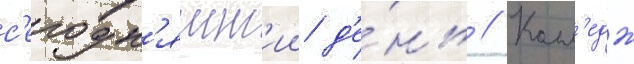
с'егодн'яшн'ии д'е́нь // Колл'едж